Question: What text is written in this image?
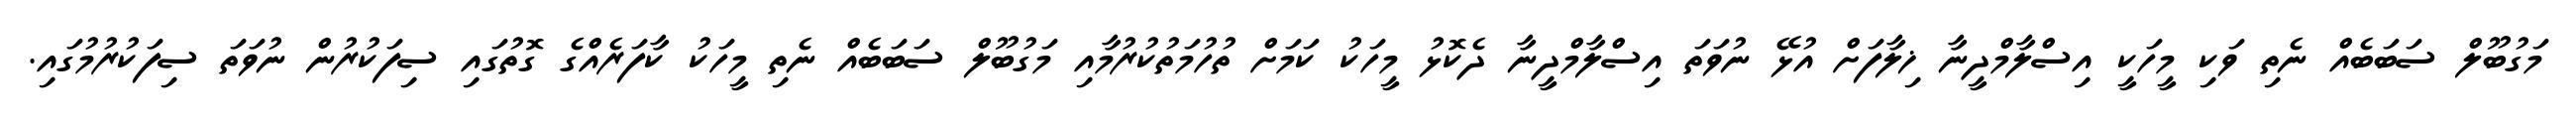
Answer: މަގުބޫލް ސަބަބެއް ނެތި ވަކި މީހަކީ އިސްލާމްދީނާ ޚިލާފަށް އުޅޭ ނުވަތަ އިސްލާމްދީނާ ދެކޮޅު މީހަކު ކަމަށް ތުހުމަތުކުރުމާއި މަގުބޫލް ސަބަބެއް ނެތި މީހަކު ކާފަރެއްގެ ގޮތުގައި ސިފަކުރުން ނުވަތަ ސިފަކުރުމުގައި.